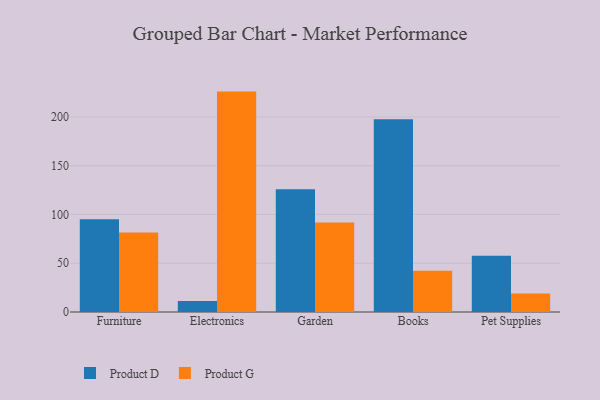
{"axis": {"x": "Category", "y": "Backlog"}, "legend": ["Product D", "Product G"], "data": [{"x": "Furniture", "y": 95.2, "type": "Product D"}, {"x": "Furniture", "y": 81.6, "type": "Product G"}, {"x": "Electronics", "y": 11.2, "type": "Product D"}, {"x": "Electronics", "y": 226.0, "type": "Product G"}, {"x": "Garden", "y": 125.8, "type": "Product D"}, {"x": "Garden", "y": 91.8, "type": "Product G"}, {"x": "Books", "y": 197.7, "type": "Product D"}, {"x": "Books", "y": 42.4, "type": "Product G"}, {"x": "Pet Supplies", "y": 57.8, "type": "Product D"}, {"x": "Pet Supplies", "y": 19.0, "type": "Product G"}]}